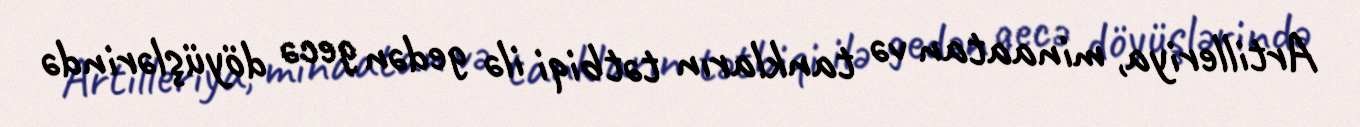
Artilleriya, minaatan və tankların tətbiqi ilə gedən gecə döyüşlərində